Enquiry on enteric fever in India - Number 32
Disease focus: Fever
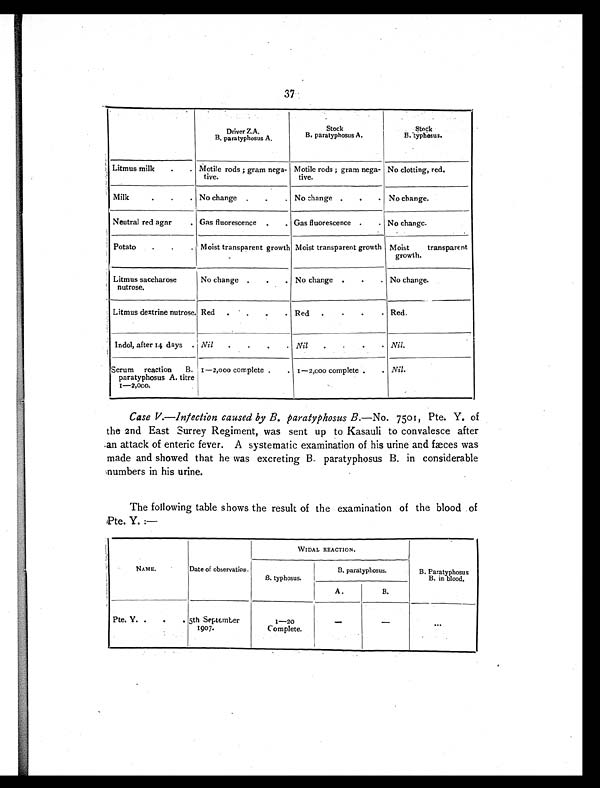
37
Driver Z.A.
B. paratyphosus A.
Stock
B. paratyphosus A.
Stock
B. typhosus.
Litmus milk
.
. Motile rods ; gram nega-
tive.
Motile rods ; gram nega-
tive.
No clotting, red.
Milk
.
.
. No change .
.
. No change .
.
. No change.
Neutral red agar
. Gas fluorescence .
. Gas fluorescence .
. No change.
Potato
.
.
. Moist transparent growth Moist transparent growth Moist transparent
growth.
Litmus saccharose
nutrose.
No change .
.
. No change .
.
. No change.
Litmus dextrine nutrose. Red .
. .
. Red .
.
.
. Red.
Indol, after 14 days . Nil
.
.
.
. Nil
.
.
.
. Nil.
Serum reaction B.
paratyphosus A. titre
1—2,000.
1—2,000 complete .
. 1—2,000 complete .
. Nil.
Case V.—Infection caused by B. paratyphosus B. —No. 7501, Pte. Y. of
the 2nd East Surrey Regiment, was sent up to Kasauli to convalesce after
an attack of enteric fever. A systematic examination of his urine and fæces was
made and showed that he was excreting B. paratyphosus B. in considerable
numbers in his urine.
The following table shows the result of the examination of the blood of
Pte. Y.:—
NAME.
Date of observation.
WIDAL REACTION.
B. Paratyphosus
B. in blood.
B. typhosus.
B. paratyphosus.
A.
B.
Pte. V. .
.
. 5th September
1907.
1—20
Complete.
—
—
...